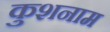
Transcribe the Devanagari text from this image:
कुशनाम